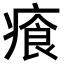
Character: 𤸤